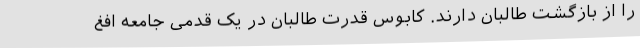
را از بازگشت طالبان دارند. کابوس قدرت طالبان در یک قدمی جامعه افغ